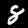
Digit: 8